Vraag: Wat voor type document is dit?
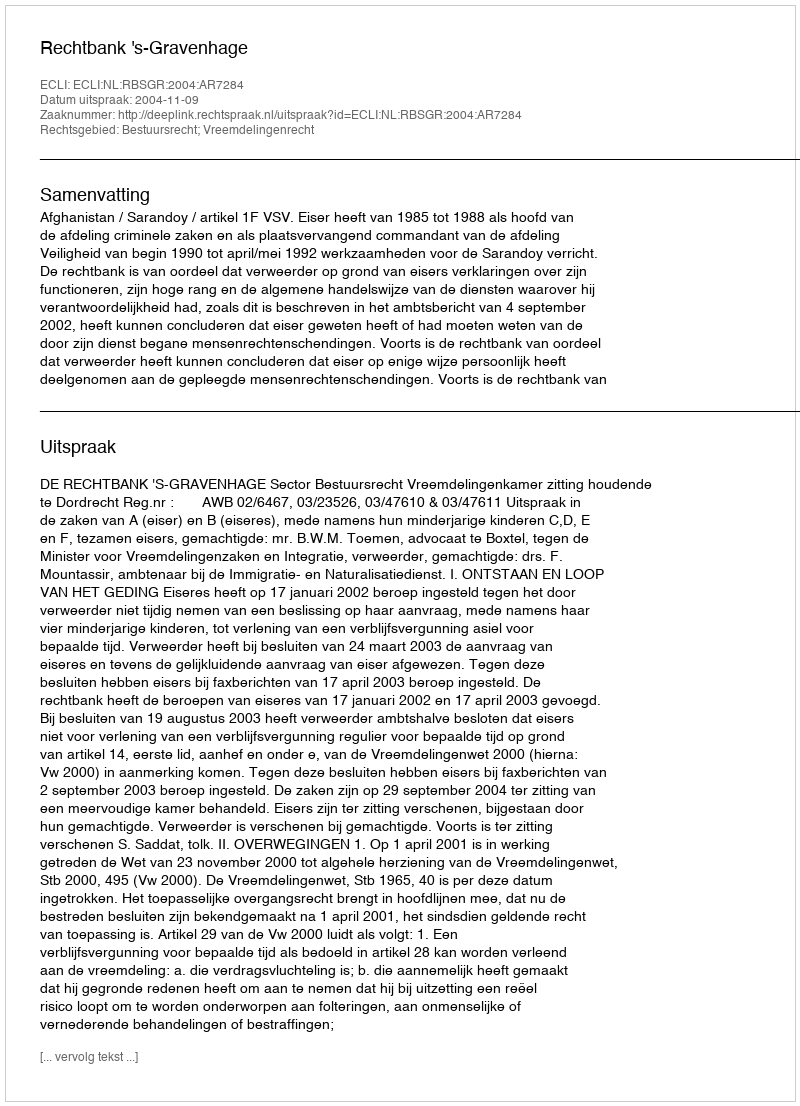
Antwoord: Uitspraak